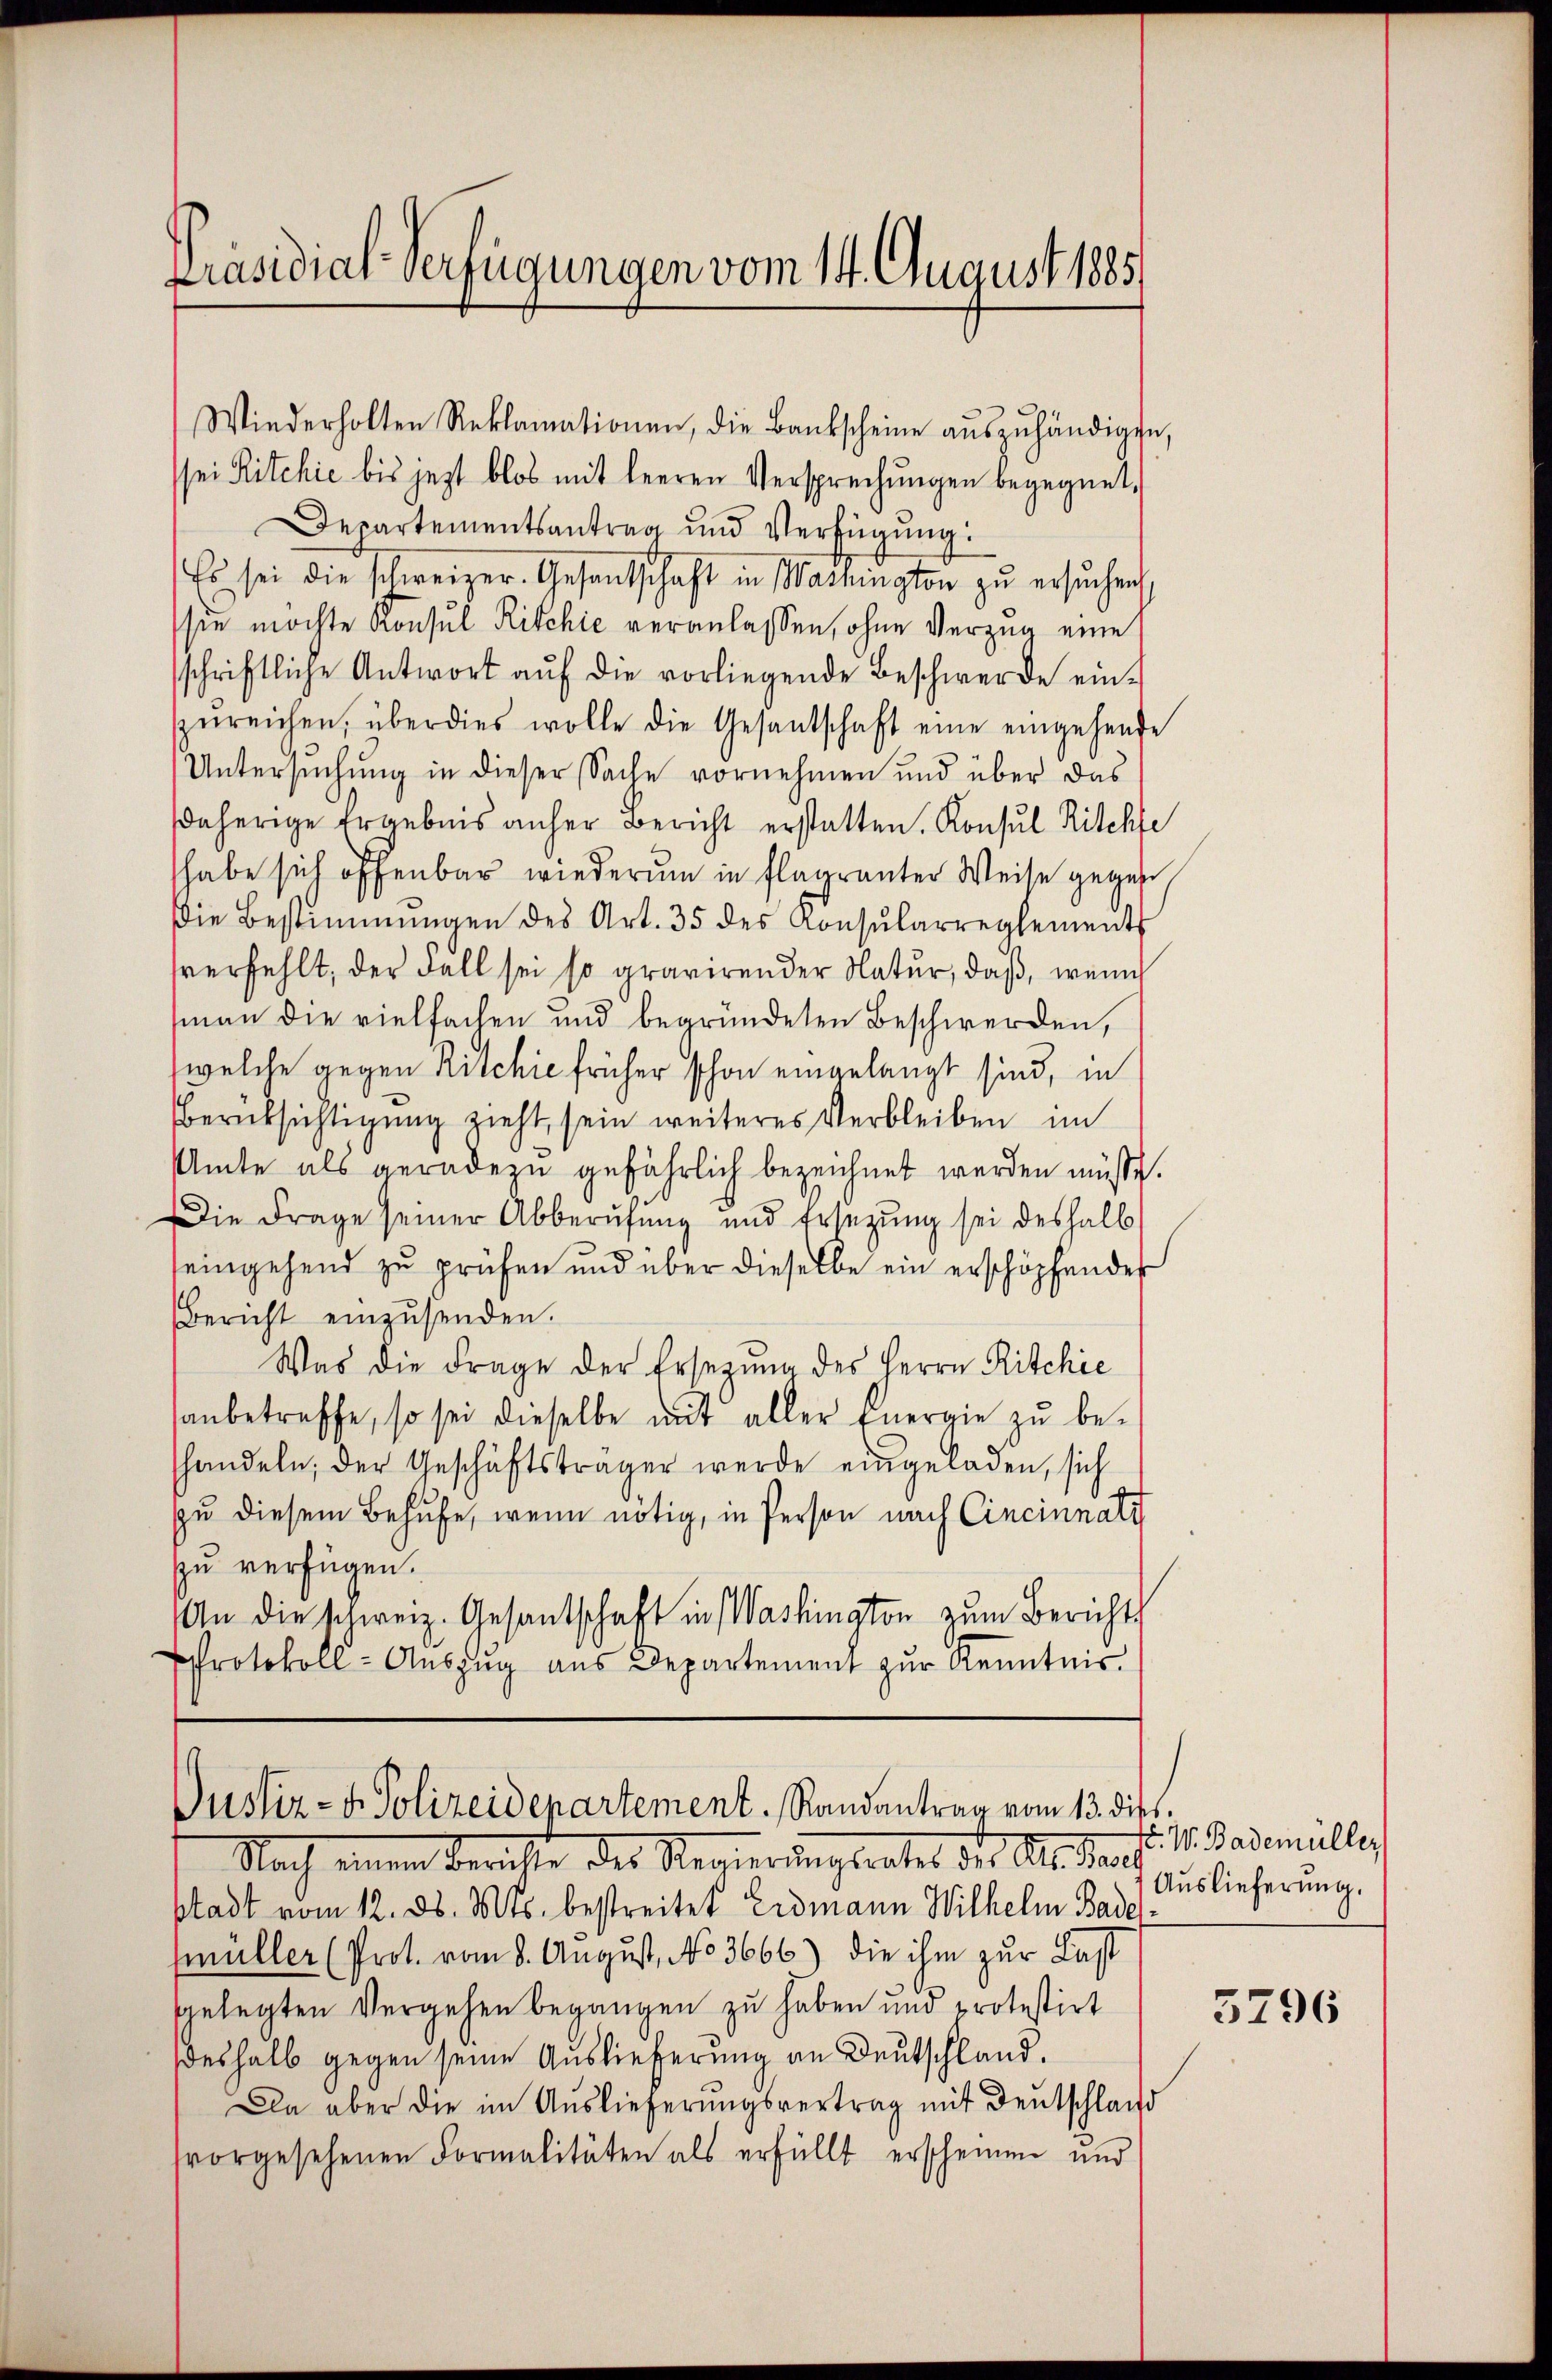
Präsidial-Verfügungen vom 14. August 1885)

Wiederholten Reklamationen, die Bankscheine aŭszŭhändigte,
sei Ritchie bis jezt blos mit leeren Versprechŭngen begegnet,
Departementsantrag und Verfügung:
Es sei die schweizer. Gesandschaft in Washington zŭ ersŭchen
sie möchte Konsul Ritchić veranlassen, ohne Verzug eine
sschriftliche Antwort aŭf die vorliegende Beschwerde ein-
zŭreichen, überdies wolle die Gesandschaft eine eingehende
Untersuchung in dieser Sache vornehmen und über das
daherige Ergebnis anher Bericht erstatten. Konsul Ritchfe
habe sich offenbar wiederum in flagranter Weise gegen
die Bestimmungen des Art. 35 des Konsularreglements
sverfehlt, der Fall sei so gravirender Natur, daß, wenn
man die vielfachen und begründeten Beschwerden,
welche gegen Rischie früher schon eingelangt sind, in
Berüksichtigung zieht, sein weiteres Verbleiben im
Amte als geradezu gefährlich bezeichnet werden müsse.
Die Frage seiner Abberufung und Ersezung sei deshalb
eingehend zu prüfen und über dieselbe ein erschöpfendes
Bericht einzŭsenden.
Was die Frage der Ersezung des Herrn Ritchie
anbetreffe, so sei dieselbe mit aller Energie zu be-
shandeln, der Geschäftsträger werde eingeladen, sich
zu diesem Behufe, wenn nötig, in Person nach Cincinnati
zu verfügen.
An die schweiz. Gesantschaft in Washington zum Berichts
Protokoll-Auszug aus Departement zur Kenntnis.

Justiz- & Polizeidepartement. Randantrag vom 13. dies

Nach einen Berichte des Regierungsrates des Altauf
stadt vom 12. ds. Mts. bestreitet Erdmann Wilhelm Bade
fmüller (Prot. vom 8. August, No 3666) die ihm zur Last
gelegten Vergehen begangen zu haben und protestirt
deshalb gegen seine Auslieferung an Deutschland.
Da aber die im Auslieferungsvertrag mit Deutschland
svorgesehenen Formalitäten als erfüllt erscheinen und

. W. Bademüller
Auslieferung.

3796